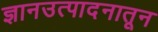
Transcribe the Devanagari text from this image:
ज्ञानउत्पादनातून